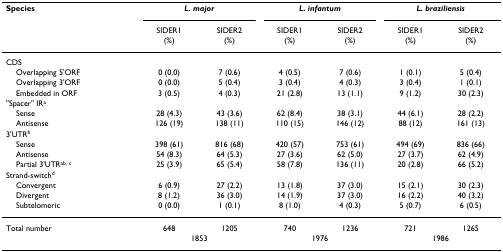
<table><thead><tr><td><b>Species</b></td><td colspan="2"><b><i>L. major</i></b></td><td colspan="2"><b><i>L. infantum</i></b></td><td colspan="2"><b><i>L. braziliensis</i></b></td></tr><tr><td></td><td><b>SIDER1(%)</b></td><td><b>SIDER2(%)</b></td><td><b>SIDER1(%)</b></td><td><b>SIDER2(%)</b></td><td><b>SIDER1(%)</b></td><td><b>SIDER2(%)</b></td></tr></thead><tbody><tr><td>CDS</td><td></td><td></td><td></td><td></td><td></td><td></td></tr><tr><td> Overlapping 5&#x27;ORF</td><td>0 (0.0)</td><td>7 (0.6)</td><td>4 (0.5)</td><td>7 (0.6)</td><td>1 (0.1)</td><td>5 (0.4)</td></tr><tr><td> Overlapping 3&#x27;ORF</td><td>0 (0.0)</td><td>5 (0.4)</td><td>3 (0.4)</td><td>4 (0.3)</td><td>3 (0.4)</td><td>1 (0.1)</td></tr><tr><td> Embedded in ORF</td><td>3 (0.5)</td><td>4 (0.3)</td><td>21 (2.8)</td><td>13 (1.1)</td><td>9 (1.2)</td><td>30 (2.3)</td></tr><tr><td>&quot;Spacer&quot; IR<sup>a</sup></td><td></td><td></td><td></td><td></td><td></td><td></td></tr><tr><td> Sense</td><td>28 (4.3)</td><td>43 (3.6)</td><td>62 (8.4)</td><td>38 (3.1)</td><td>44 (6.1)</td><td>28 (2.2)</td></tr><tr><td> Antisense</td><td>126 (19)</td><td>138 (11)</td><td>110 (15)</td><td>146 (12)</td><td>88 (12)</td><td>161 (13)</td></tr><tr><td>3&#x27;UTR<sup>b</sup></td><td></td><td></td><td></td><td></td><td></td><td></td></tr><tr><td> Sense</td><td>398 (61)</td><td>816 (68)</td><td>420 (57)</td><td>753 (61)</td><td>494 (69)</td><td>836 (66)</td></tr><tr><td> Antisense</td><td>54 (8.3)</td><td>64 (5.3)</td><td>27 (3.6)</td><td>62 (5.0)</td><td>27 (3.7)</td><td>62 (4.9)</td></tr><tr><td> Partial 3&#x27;UTR<sup>ab, c</sup></td><td>25 (3.9)</td><td>65 (5.4)</td><td>58 (7.8)</td><td>136 (11)</td><td>20 (2.8)</td><td>66 (5.2)</td></tr><tr><td>Strand-switch<sup>d</sup></td><td></td><td></td><td></td><td></td><td></td><td></td></tr><tr><td> Convergent</td><td>6 (0.9)</td><td>27 (2.2)</td><td>13 (1.8)</td><td>37 (3.0)</td><td>15 (2.1)</td><td>30 (2.3)</td></tr><tr><td> Divergent</td><td>8 (1.2)</td><td>36 (3.0)</td><td>14 (1.9)</td><td>37 (3.0)</td><td>16 (2.2)</td><td>40 (3.2)</td></tr><tr><td> Subtelomeric</td><td>0 (0.0)</td><td>1 (0.1)</td><td>8 (1.0)</td><td>4 (0.3)</td><td>5 (0.7)</td><td>6 (0.5)</td></tr><tr><td>Total number</td><td>648</td><td>1205</td><td>740</td><td>1236</td><td>721</td><td>1265</td></tr><tr><td></td><td colspan="2">1853</td><td colspan="2">1976</td><td colspan="2">1986</td></tr></tbody></table>